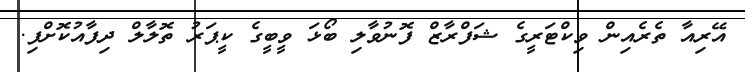
އޭރިއާ ތެރެއިން ވިކްޓަރީގެ ޝަފްރާޒް ފޮނުވާލި ބޯޅަ ވީބީގެ ކީޕަރު ތޮލާލް ދިފާއުކޮށްފި.